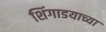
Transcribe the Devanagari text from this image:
शिंगाडयाच्या